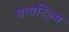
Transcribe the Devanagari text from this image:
पायटिज़्म